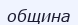
община